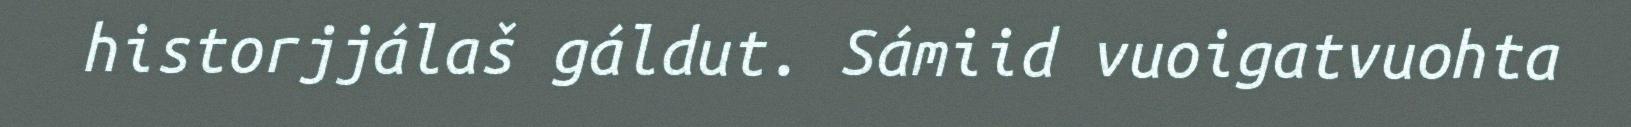
historjjálaš gáldut. Sámiid vuoigatvuohta